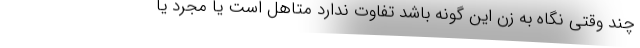
چند وقتی نگاه به زن این گونه باشد تفاوت ندارد متاهل است یا مجرد یا